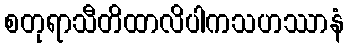
စတုရာသီတိထာလိပါကသဟဿာနံ